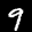
Label: 9